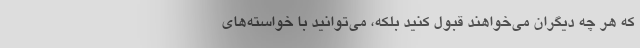
كه هر چه دیگران می‌خواهند قبول كنید بلكه، می‌توانید با خواسته‌های